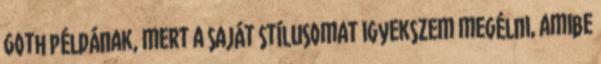
goth példának, mert a saját stílusomat igyekszem megélni, amibe